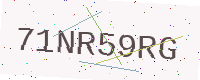
Text: 71NR59RG